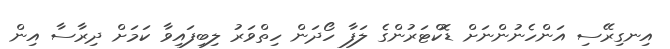
އިނގިރޭސި އަންހެނުންނަށް ޑޮކްޓަރުންގެ ލަފާ ހޯދަން ހިތްވަރު ލިބިފައިވާ ކަމަށް ދިރާސާ އިން